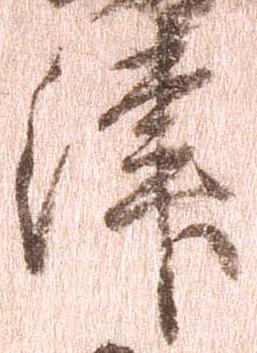
津